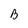
Character: B